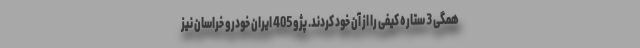
همگی 3 ستاره کیفی را از آن خود کردند. پژو 405 ایران خودرو خراسان نیز